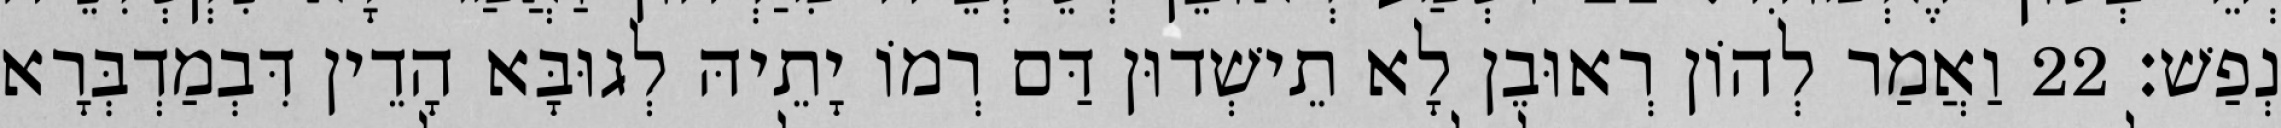
נְפַשׁ׃ 22 וַאֲמַר לְהוֹן רְאוּבֵן לָא תֵישְׁדוּן דַּם רְמוֹ יָתֵיהּ לְגוּבָּא הָדֵין דִּבְמַדְבְּרָא